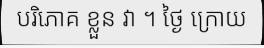
បរិភោគ ខ្លួន វា ។ ថ្ងៃ ក្រោយ